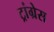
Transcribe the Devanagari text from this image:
ट्रांग्रेस